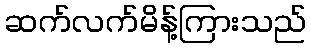
ဆက်လက်မိန့်ကြားသည်